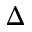
\Delta